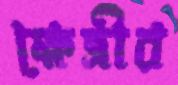
ক্ষেত্রীর